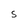
Character: S